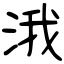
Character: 涐